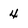
Character: 4